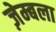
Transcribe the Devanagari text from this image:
ज़ेम्बला